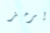
يرمز